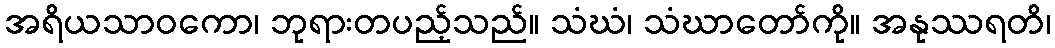
အရိယသာဝကော၊ ဘုရားတပည့်သည်။ သံဃံ၊ သံဃာတော်ကို။ အနုဿရတိ၊